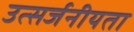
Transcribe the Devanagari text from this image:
उत्सर्जनीयता